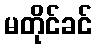
မတိုင်ခင်